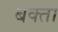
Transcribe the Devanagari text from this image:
बक्‍ता